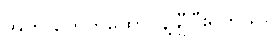
အုတ် တွေကထောင်နဲ့ချီပြီးရှိတယ်။